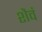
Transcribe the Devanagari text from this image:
शैवं